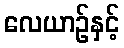
လေယာဉ်နှင့်